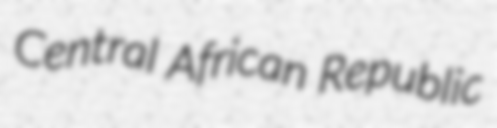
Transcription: Central African Republic